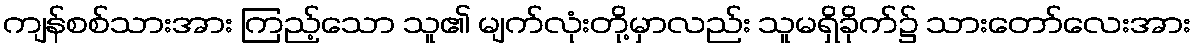
ကျန်စစ်သားအား ကြည့်သော သူ၏ မျက်လုံးတို့မှာလည်း သူမရှိခိုက်၌ သားတော်လေးအား